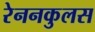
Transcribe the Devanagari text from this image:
रेननकुलस